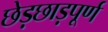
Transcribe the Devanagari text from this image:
छेड़छाड़पूर्ण